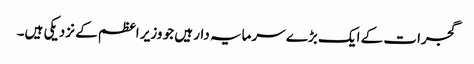
گجرات کے ایک بڑے سرمایہ دار ہیں جو وزیر اعظم کے نزدیکی ہیں۔